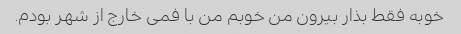
خوبه فقط بذار بیرون من خوبم من با فمی خارج از شهر بودم.